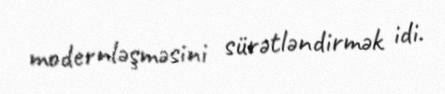
modernləşməsini sürətləndirmək idi.